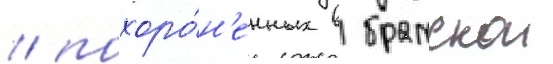
/ похоро́н'енных в братскои